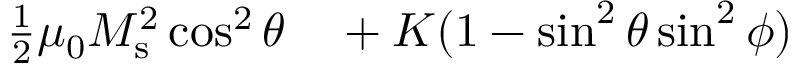
\begin{array} { r l } { \frac { 1 } { 2 } \mu _ { 0 } M _ { \mathrm { s } } ^ { 2 } \cos ^ { 2 } \theta } & { { } + K ( 1 - \sin ^ { 2 } \theta \sin ^ { 2 } \phi ) } \end{array}